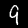
Label: 9